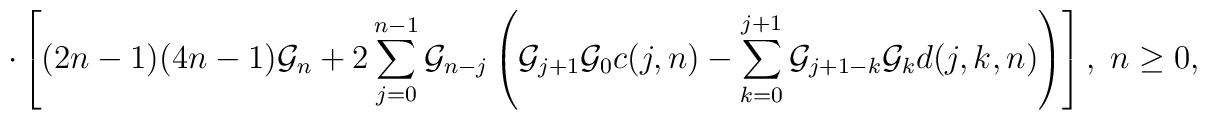
\cdot\left[(2n-1)(4n-1){\cal G}_n+2\sum_{j=0}^{n-1}{\cal G}_{n-j}\left({\cal G}_{j+1}{\cal G}_0c(j,n)-\sum_{k=0}^{j+1}{\cal G}_{j+1-k}{\cal G}_{k}d(j,k,n)\right)\right],\; n\ge 0,